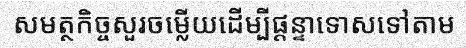
សមត្ថកិច្ចសួរចម្លើយដើម្បីផ្តន្ទាទោសទៅតាម